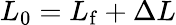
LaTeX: L_{0}=L_{\mathrm{f}}+\Delta L